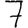
Digit: 7